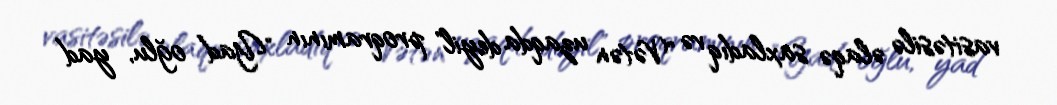
vasitəsilə əlaqə saxladıq və "Vətən uzaqda deyil" proqramının "Yad oğlu, yad